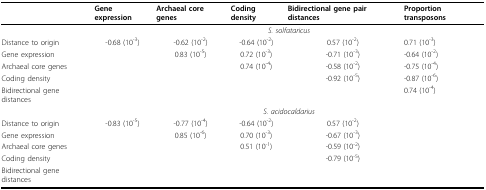
<table><thead><tr><td></td><td><b>Gene expression</b></td><td><b>Archaeal core genes</b></td><td><b>Coding density</b></td><td><b>Bidirectional gene pair distances</b></td><td><b>Proportion transposons</b></td></tr></thead><tbody><tr><td></td><td colspan="5"><i>S. solfataricus</i></td></tr><tr><td>Distance to origin</td><td>-0.68 (10<sup>-3</sup>)</td><td>-0.62 (10<sup>-2</sup>)</td><td>-0.64 (10<sup>-2</sup>)</td><td>0.57 (10<sup>-2</sup>)</td><td>0.71 (10<sup>-3</sup>)</td></tr><tr><td>Gene expression</td><td></td><td>0.83 (10<sup>-5</sup>)</td><td>0.72 (10<sup>-3</sup>)</td><td>-0.71 (10<sup>-3</sup>)</td><td>-0.64 (10<sup>-2</sup>)</td></tr><tr><td>Archaeal core genes</td><td></td><td></td><td>0.74 (10<sup>-4</sup>)</td><td>-0.58 (10<sup>-2</sup>)</td><td>-0.75 (10<sup>-4</sup>)</td></tr><tr><td>Coding density</td><td></td><td></td><td></td><td>-0.92 (10<sup>-5</sup>)</td><td>-0.87 (10<sup>-6</sup>)</td></tr><tr><td>Bidirectional gene distances</td><td></td><td></td><td></td><td></td><td>0.74 (10<sup>-4</sup>)</td></tr><tr><td></td><td colspan="5"><i>S. acidocaldarius</i></td></tr><tr><td>Distance to origin</td><td>-0.83 (10<sup>-5</sup>)</td><td>-0.77 (10<sup>-4</sup>)</td><td>-0.64 (10<sup>-2</sup>)</td><td>0.57 (10<sup>-2</sup>)</td><td></td></tr><tr><td>Gene expression</td><td></td><td>0.85 (10<sup>-6</sup>)</td><td>0.70 (10<sup>-3</sup>)</td><td>-0.67 (10<sup>-3</sup>)</td><td></td></tr><tr><td>Archaeal core genes</td><td></td><td></td><td>0.51 (10<sup>-1</sup>)</td><td>-0.59 (10<sup>-2</sup>)</td><td></td></tr><tr><td>Coding density</td><td></td><td></td><td></td><td>-0.79 (10<sup>-5</sup>)</td><td></td></tr><tr><td>Bidirectional gene distances</td><td></td><td></td><td></td><td></td><td></td></tr></tbody></table>